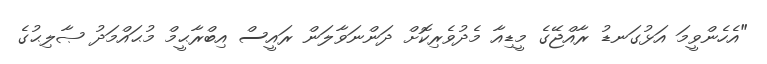
"އެހެންވީމަ އަޅުގަނޑު ރާއްޖޭގެ މީޑިއާ މެދުވެރިކޮށް ދަންނަވާލަން ރައީސް އިބްރާޙީމް މުޙައްމަދު ޞާލިޙުގެ